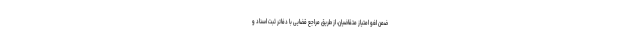
ضمن لغو امتیاز متقاضیان، از طریق مراجع قضایی با دفاتر ثبت اسناد و